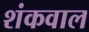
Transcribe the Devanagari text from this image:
शंकवाल